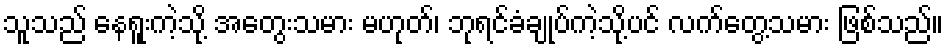
သူသည် နေရူးကဲ့သို့ အတွေးသမား မဟုတ်၊ ဘုရင်ခံချုပ်ကဲ့သို့ပင် လက်တွေ့သမား ဖြစ်သည်။